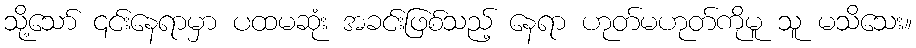
သို့သော် ၎င်းနေရာမှာ ပထမဆုံး အခင်းဖြစ်သည့် နေရာ ဟုတ်မဟုတ်ကိုမူ သူ မသိသေး။